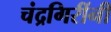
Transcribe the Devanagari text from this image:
चंद्रगिरींनी